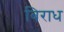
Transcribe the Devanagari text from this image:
बिराध